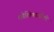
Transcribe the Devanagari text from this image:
कोशिकाओंको